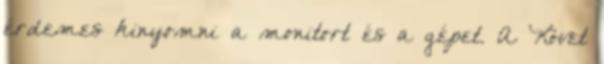
érdemes kinyomni a monitort és a gépet. A Követ